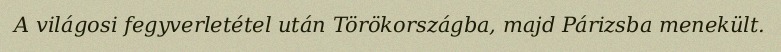
A világosi fegyverletétel után Törökországba, majd Párizsba menekült.